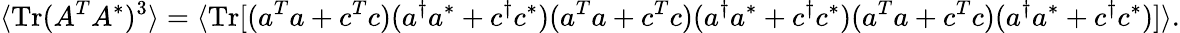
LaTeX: \langle\mathrm{Tr}(A^{T}A^{*})^{3}\rangle=\langle\mathrm{Tr}[(a^{T}a+c^{T}c)(a^{\dagger}a^{*}+c^{\dagger}c^{*})(a^{T}a+c^{T}c)(a^{\dagger}a^{*}+c^{\dagger}c^{*})(a^{T}a+c^{T}c)(a^{\dagger}a^{*}+c^{\dagger}c^{*})]\rangle.